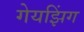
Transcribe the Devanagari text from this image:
गेयझिंग